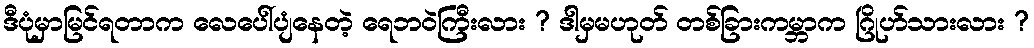
ဒီပုံမှာမြင်ရတာက လေပေါ်ပျံနေတဲ့ ရေဘဝဲကြီးလား ? ဒါမှမဟုတ် တစ်ခြားကမ္ဘာက ဂြိုဟ်သားလား ?